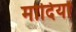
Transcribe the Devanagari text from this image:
मोदियों